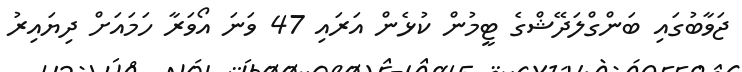
ޖަވާބުގައި ބަންގްލަދޭޝްގެ ޓީމުން ކުޅެން އަރައި 47 ވަނަ އޯވަރާ ހަމައަށް ދިޔައިރު